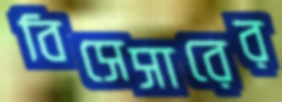
বিসেসারের